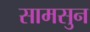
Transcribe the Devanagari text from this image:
सामसुन